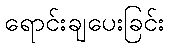
ရောင်းချပေးခြင်း